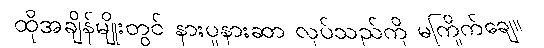
ထိုအချိန်မျိုးတွင် နားပူနားဆာ လုပ်သည်ကို မကြိုက်ချေ။